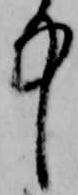
中